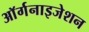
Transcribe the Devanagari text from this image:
आॅर्गनाइजेशन